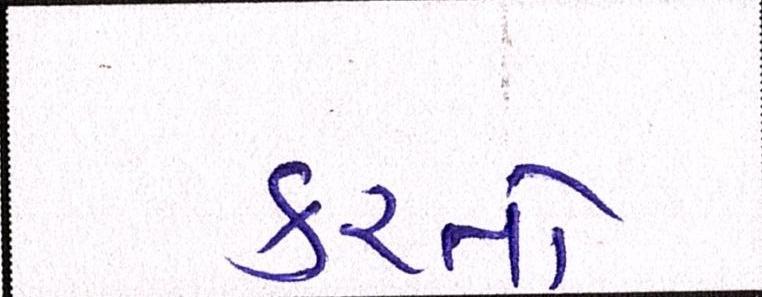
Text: કરતો